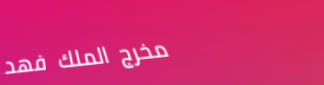
مخرج الملك فهد